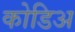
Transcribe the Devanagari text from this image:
कोडिअ